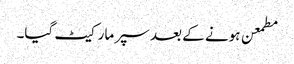
مطمعن ہونے کے بعد سپر مارکیٹ گیا۔